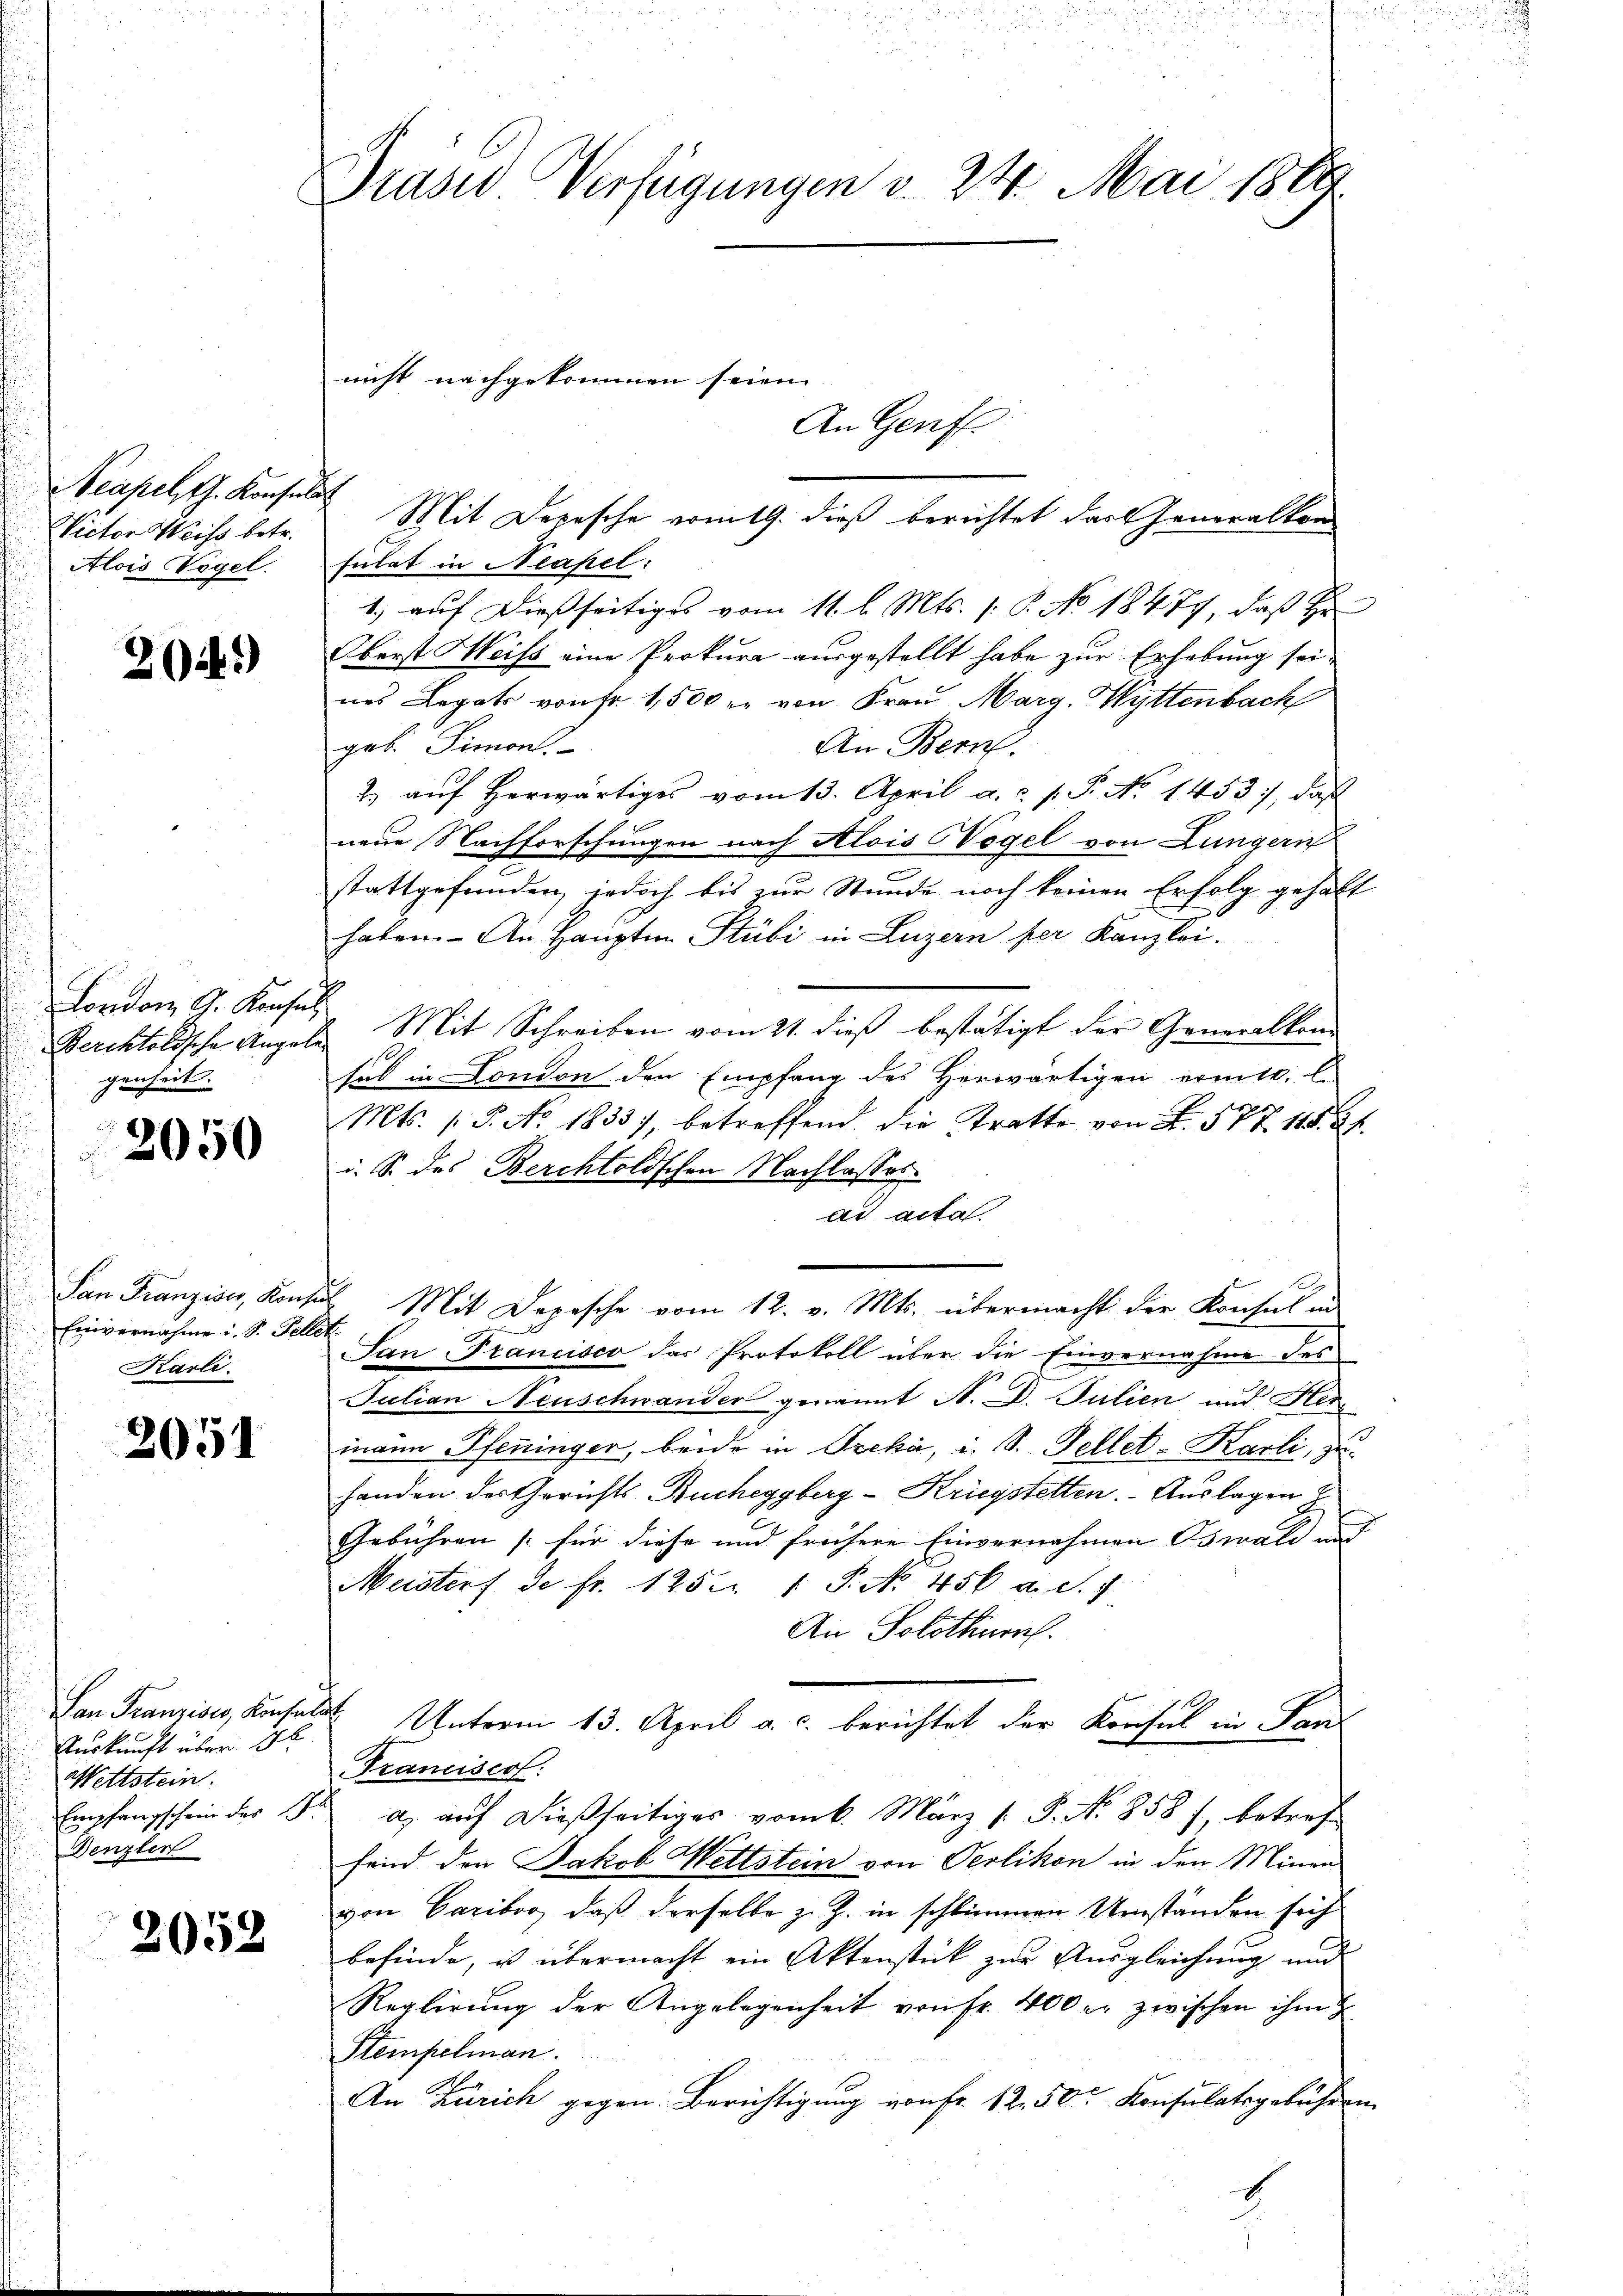
Neapel th. Konsuls
Victor Weiss betr.
Alois Vogel.

26.)

Mit Depesche vom 19. dieß berichtet das Generalkon
sulat in Neapel:
1.) auf dießseitiges vom 11. l. Mts. 1. P. No 18474, daß Hr
Oberst Weiss eine Prokura ausgestellt habe zur Erhebung seines Legats von Fr. 1,500 r. von Frau Marg. Wyttenbach
An Bern.
geb. Simont.
2. aŭf herwärtiges vom 13. April a. c. s. P. No 1453, daß
s
neue Nachforschungen nach Alois Wogel von Lungern
stattgefunden, jedoch bis zur Stunde noch keinen Erfolg gehalt
haben. An Hauptm. Stubi in Luzern per Kanzlei.
Berchtoldsche Angele Mit Schreiben vom 21. dieß bestätigt der Generalkom
sul in London den Empfang des Herwärtigen ermitt. l.
Mts. 1 S. No. 1833), betreffend die Tratte von L. 577. 115. 21.
i. S. des Berchtoldschen Nachlasses.
ad acta
San Franziser, Konsul Mit Depesche vom 12. v. Mts. übermacht der Konsul in
San Francisco das Protokoll über die Einvernahme des
Julian Neuschwander genannt A. D. Julien und Her
mann Pfenninger, beide in Preka, i. S. Fellet-Karli, zuhanden des Gerichts Bucheggberg-Kriegstetten. Auslagen E
Gebühren (für diese und frühere Einvernahmen Oswald auf
Meisterf de fr. 125. 1 P. No. 456 a. d. J
An Solothurn.
Unterm 13. April a. c. berichtet der Konsul in Dan
Francises:
Empfangschein des Fr. a. auf dießseitiges vom 6. März 1. P. Nr. 858) betref
fend den Jakob Wettstein von Oerlikon in den Minen
von Cariboo, daß derselbe z. Z. in schlimmen Umständen sich
befinde, u übermacht ein Aktenstück zur Ausgleichung und
Reglirung der Angelegenheit von Fr. 400 er zwischen ihm z
Stempelman
An Zürich gegen Berichtigung von Fr. 12.50 Konsulatsgebühren.

London G. Konsul
genheit.

2050

Einvernahme i. S. Fellet
Karli.

2051

San Franzises, Konsentat
Auskunft über 1
Wettstein.
Denzler

2052

Praser Verfügungen v. 24. Mai 1884

nicht nachgekommen seien.

An Genf